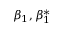
\beta _ { 1 } , \beta _ { 1 } ^ { * }